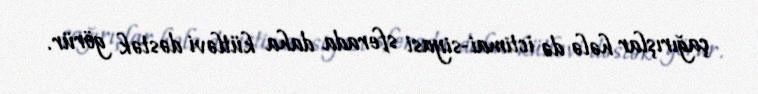
çağırışlar hələ də ictimai-siyasi sferada daha kütləvi dəstək görür.